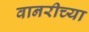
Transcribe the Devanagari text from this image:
वानरीच्या